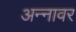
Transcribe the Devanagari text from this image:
अन्‍नावर